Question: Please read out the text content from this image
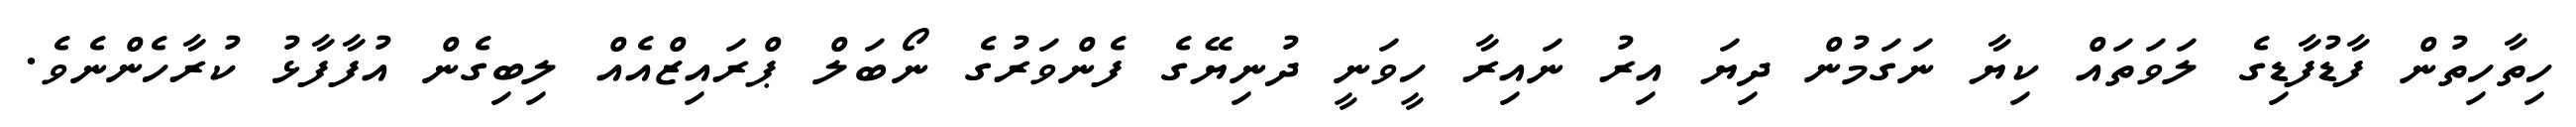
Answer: ހިތާހިތުން ފާޑުފާޑިގެ ލަވަތައް ކިޔާ ނަގަމުން ދިޔަ އިރު ނައިރާ ހީވަނީ ދުނިޔޭގެ ފެންވަރުގެ ނޯބަލް ޕްރައިޒްއެއް ލިބިގެން އުފާފާޅު ކުރާހެންނެވެ.